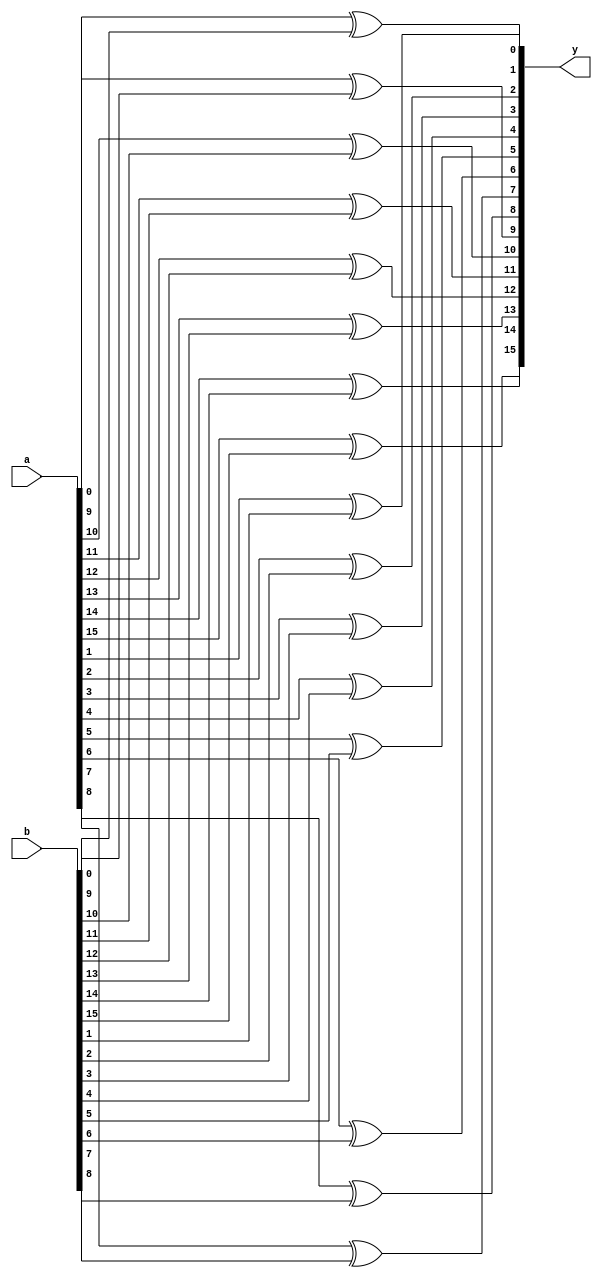
module nbit_xor 
	#(parameter size = 16) 
	(input [size-1:0] a,b, output [size-1:0] y);

genvar i;

generate 
	
	for (i=0;i<size;i=i+1)
		xor uxor(y[i],a[i],b[i]);

endgenerate

endmodule